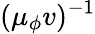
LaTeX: (\mu_{\phi}v)^{-1}